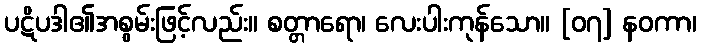
ပဋိပဒါ၏အစွမ်းဖြင့်လည်း။ စတ္တာရော၊ လေးပါးကုန်သော။ [၀၇] နဝကာ၊